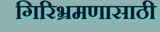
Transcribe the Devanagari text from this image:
गिरिभ्रमणासाठी